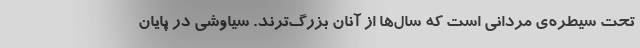
تحت سیطره‌ی مردانی است که سال‌ها از آنان بزرگ‌ترند. سیاوشی در پایان